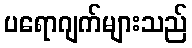
ပရောဂျက်များသည်